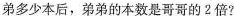
弟多少本后，弟弟的本数是哥哥的2倍?